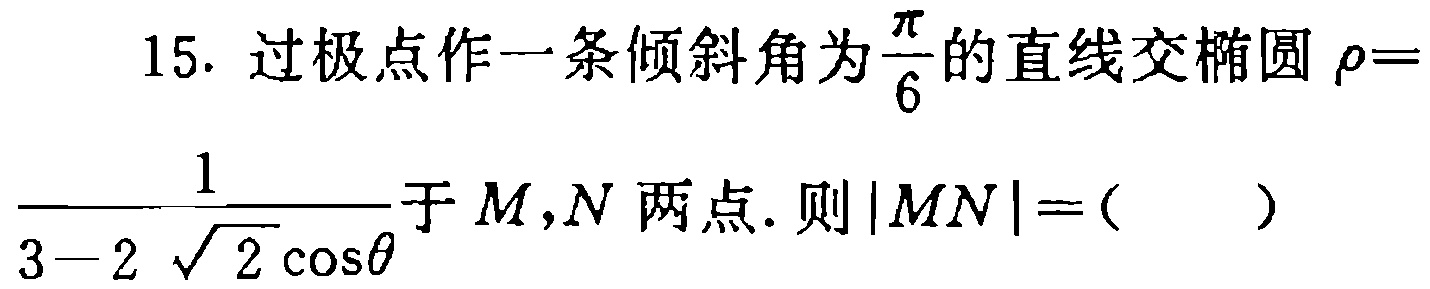
15. 过极点作一条倾斜角为$\frac{\pi}{6}$的直线交椭圆$\rho = \frac{1}{3 - 2\sqrt{2}\cos\theta}$于$M,N$两点. 则$|MN| = ($  )